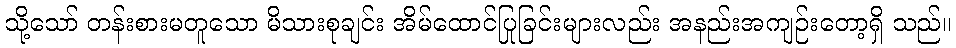
သို့သော် တန်းစားမတူသော မိသားစုချင်း အိမ်ထောင်ပြုခြင်းများလည်း အနည်းအကျဉ်းတော့ရှိ သည်။